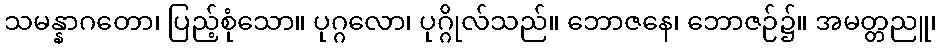
သမန္နာဂတော၊ ပြည့်စုံသော။ ပုဂ္ဂလော၊ ပုဂ္ဂိုလ်သည်။ ဘောဇနေ၊ ဘောဇဉ်၌။ အမတ္တညူ၊